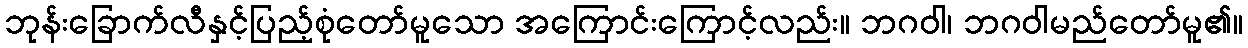
ဘုန်းခြောက်လီနှင့်ပြည့်စုံတော်မူသော အကြောင်းကြောင့်လည်း။ ဘဂဝါ၊ ဘဂဝါမည်တော်မူ၏။